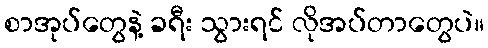
စာအုပ်တွေနဲ့ ခရီး သွားရင် လိုအပ်တာတွေပဲ။